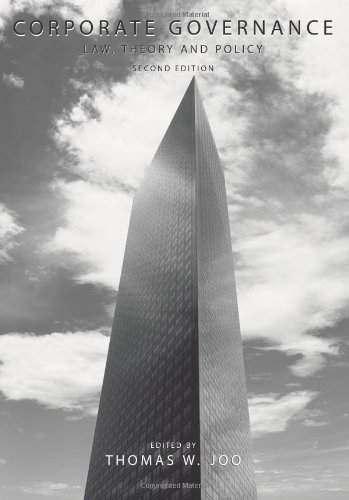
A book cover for Corporate Governance: Law, Theory and Policy; Thomas W. Joo; Business & Money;